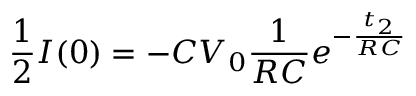
\frac { 1 } { 2 } I ( 0 ) = - C V _ { 0 } \frac { 1 } { R C } e ^ { - \frac { t _ { 2 } } { R C } }